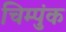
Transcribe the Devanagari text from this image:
चिम्पुंक